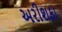
અરીશફા